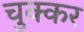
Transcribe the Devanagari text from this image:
चुक्कर